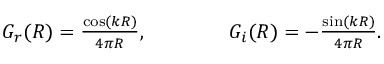
\begin{array} { r } { G _ { r } ( R ) = \frac { \cos ( k R ) } { 4 \pi R } , \qquad \qquad G _ { i } ( R ) = - \frac { \sin ( k R ) } { 4 \pi R } . } \end{array}